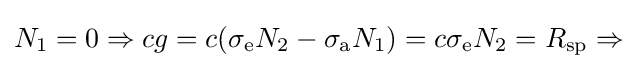
N_{1}=0\Rightarrow cg=c(\sigma _{\rm {e}}N_{2}-\sigma _{\rm {a}}N_{1})=c\sigma _{\rm {e}}N_{2}=R_{\rm {sp}}\Rightarrow